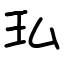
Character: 㺨